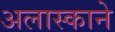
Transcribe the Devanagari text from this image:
अलास्काने